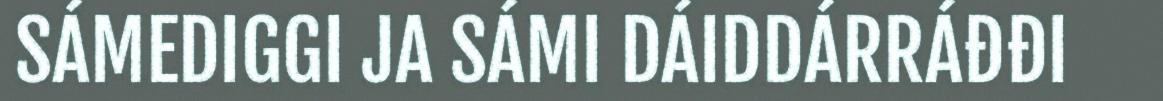
SÁMEDIGGI JA SÁMI DÁIDDÁRRÁĐĐI